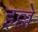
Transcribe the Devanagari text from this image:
इल्ले